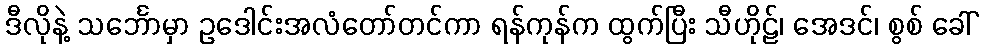
ဒီလိုနဲ့ သင်္ဘောမှာ ဥဒေါင်းအလံတော်တင်ကာ ရန်ကုန်က ထွက်ပြီး သီဟိုဠ်၊ အေဒင်၊ စွစ် ခေါ်